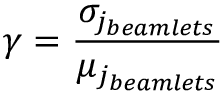
\gamma = \frac { \sigma _ { j _ { b e a m l e t s } } } { \mu _ { j _ { b e a m l e t s } } }